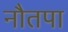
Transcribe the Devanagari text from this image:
नौतपा